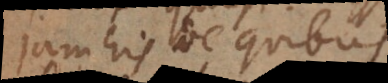
jam his de quibus